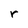
Character: r